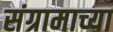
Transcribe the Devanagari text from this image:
संग्रामाच्या